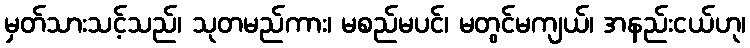
မှတ်သားသင့်သည်၊ သုတမည်ကား၊ မစည်မပင်၊ မတွင်မကျယ်၊ အနည်းငယ်ဟု၊